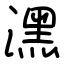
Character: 潶